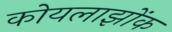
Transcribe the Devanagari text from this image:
कोयलाझोंक